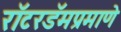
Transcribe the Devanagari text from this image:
रॉटरडॅमप्रमाणे